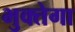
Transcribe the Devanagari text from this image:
भुक्तेगा